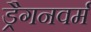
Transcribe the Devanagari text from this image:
ड्रैगनवर्म